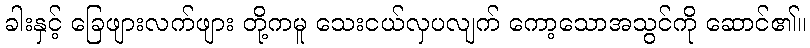
ခါးနှင့် ခြေဖျားလက်ဖျား တို့ကမူ သေးငယ်လှပလျက် ကော့သောအသွင်ကို ဆောင်၏။